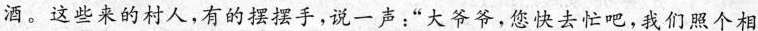
酒。这些来的村人,有的摆摆手,说一声:“大爷爷,您快去忙吧,我们照个相